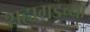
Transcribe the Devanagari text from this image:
शहागडच्या